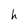
Character: h